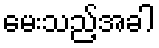
မေးသည့်အခါ